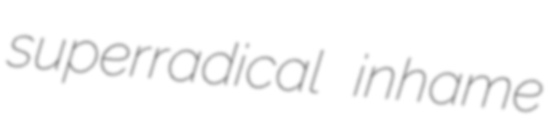
superradical inhame